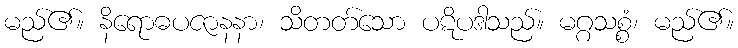
မည်၏။ နိရောဓပဇာနနာ၊ သိတတ်သော ပဋိပဒါသည်။ မဂ္ဂသစ္စံ၊ မည်၏။